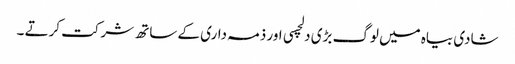
شادی بیاہ میں لوگ بڑی دلچسی اور ذمہ داری کے ساتھ شرکت کرتے ۔